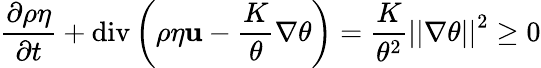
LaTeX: \frac{\partial\rho\eta}{\partial t}+\mathrm{div}\left(\rho\eta\mathbf{u}-\frac{K}{\theta}\nabla\theta\right)=\frac{K}{\theta^{2}}\left\vert\left\vert\nabla\theta\right\vert\right\vert^{2}\geq 0